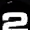
Digit: 2